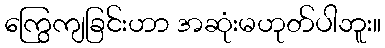
ကြွေကျခြင်းဟာ အဆုံးမဟုတ်ပါဘူး။